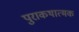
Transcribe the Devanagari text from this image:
पुराकथात्मक